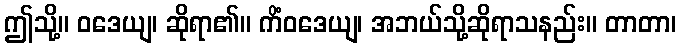
ဤသို့။ ဝဒေယျ၊ ဆိုရာ၏။ ကိံဝဒေယျ၊ အဘယ်သို့ဆိုရာသနည်း။ တာတာ၊